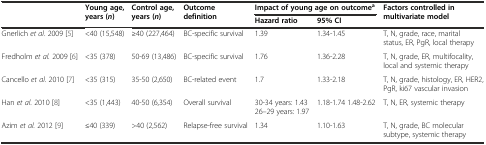
<table><thead><tr><td rowspan="2"></td><td rowspan="2"><b>Young age, years (<i>n</i>)</b></td><td rowspan="2"><b>Control age, years (<i>n</i>)</b></td><td rowspan="2"><b>Outcome definition</b></td><td colspan="2"><b>Impact of young age on outcome<sup>a</sup></b></td><td rowspan="2"><b>Factors controlled in multivariate model</b></td></tr><tr><td><b>Hazard ratio</b></td><td><b>95% CI</b></td></tr></thead><tbody><tr><td>Gnerlich <i>et al</i>. 2009 [5]</td><td>&lt;40 (15,548)</td><td>≥40 (227,464)</td><td>BC-specific survival</td><td>1.39</td><td>1.34-1.45</td><td>T, N, grade, race, marital status, ER, PgR, local therapy</td></tr><tr><td>Fredholm <i>et al.</i> 2009 [6]</td><td>&lt;35 (378)</td><td>50-69 (13,486)</td><td>BC-specific survival</td><td>1.76</td><td>1.36-2.28</td><td>T, N, grade, ER, multifocality, local and systemic therapy</td></tr><tr><td>Cancello <i>et al.</i> 2010 [7]</td><td>&lt;35 (315)</td><td>35-50 (2,650)</td><td>BC-related event</td><td>1.7</td><td>1.33-2.18</td><td>T, N, grade, histology, ER, HER2, PgR, ki67 vascular invasion</td></tr><tr><td>Han <i>et al.</i> 2010 [8]</td><td>&lt;35 (1,443)</td><td>40-50 (6,354)</td><td>Overall survival</td><td>30-34 years: 1.43 26–29 years: 1.97</td><td>1.18-1.74 1.48-2.62</td><td>T, N, ER, systemic therapy</td></tr><tr><td>Azim <i>et al.</i> 2012 [9]</td><td>≤40 (339)</td><td>&gt;40 (2,562)</td><td>Relapse-free survival</td><td>1.34</td><td>1.10-1.63</td><td>T, N, grade, BC molecular subtype, systemic therapy</td></tr></tbody></table>